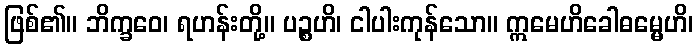
ဖြစ်၏။ ဘိက္ခဝေ၊ ရဟန်းတို့။ ပဉ္စဟိ၊ ငါပါးကုန်သော။ ဣမေဟိခေါဓမ္မေဟိ၊